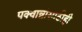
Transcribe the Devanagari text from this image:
पक्वान्नांसाठीही